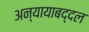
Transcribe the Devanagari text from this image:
अन्यायाबद्दल